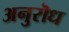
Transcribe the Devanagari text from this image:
अनुरॊध